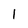
Character: 1